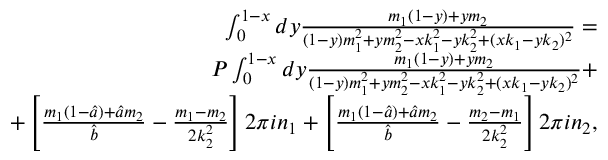
\begin{array} { r l r } & { } & { \int _ { 0 } ^ { 1 - x } d y \frac { m _ { 1 } ( 1 - y ) + y m _ { 2 } } { ( 1 - y ) m _ { 1 } ^ { 2 } + y m _ { 2 } ^ { 2 } - x k _ { 1 } ^ { 2 } - y k _ { 2 } ^ { 2 } + ( x k _ { 1 } - y k _ { 2 } ) ^ { 2 } } = } \\ & { } & { P \int _ { 0 } ^ { 1 - x } d y \frac { m _ { 1 } ( 1 - y ) + y m _ { 2 } } { ( 1 - y ) m _ { 1 } ^ { 2 } + y m _ { 2 } ^ { 2 } - x k _ { 1 } ^ { 2 } - y k _ { 2 } ^ { 2 } + ( x k _ { 1 } - y k _ { 2 } ) ^ { 2 } } + } \\ & { } & { + \left[ \frac { m _ { 1 } ( 1 - \hat { a } ) + \hat { a } m _ { 2 } } { \hat { b } } - \frac { m _ { 1 } - m _ { 2 } } { 2 k _ { 2 } ^ { 2 } } \right] 2 \pi i n _ { 1 } + \left[ \frac { m _ { 1 } ( 1 - \hat { a } ) + \hat { a } m _ { 2 } } { \hat { b } } - \frac { m _ { 2 } - m _ { 1 } } { 2 k _ { 2 } ^ { 2 } } \right] 2 \pi i n _ { 2 } , } \end{array}